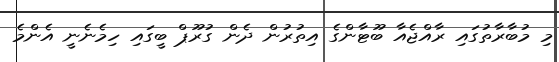
މި މުބާރާތުގައި ރާއްޖެއާ ބޫޓާންގެ އިތުރުން ދެން ގުރޫޕް ބީގައި ހިމެނެނީ އެންމެ